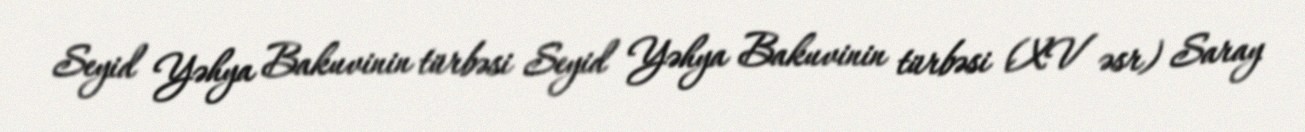
Seyid Yəhya Bakuvinin türbəsi Seyid Yəhya Bakuvinin türbəsi (XV əsr) Saray